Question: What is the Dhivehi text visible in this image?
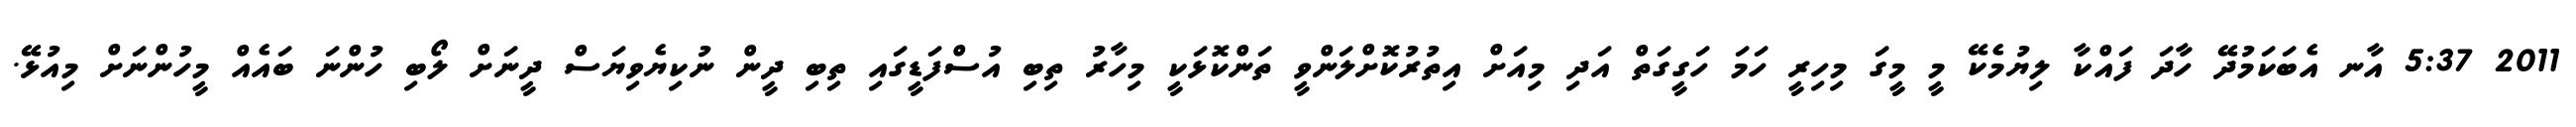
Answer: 2011 5:37 އާނ އެބަކަމުދޭ ހާދަ ފައްކާ ލިޔުމެކޭ މީ މީގަ މިހިރީ ހަމަ ހަގީގަތް އަދި މިއަށް އިތުރުކޮށްލަންވީ ތަންކޮޅަކީ މިހާރު ތިބި އުސްފަޑީގައި ތިބި ދީން ނުކިޔެވިޔަސް ދީނަށް ލޯބި ހުންނަ ބައެއް މީހުންނަށް މިއުޅޭ.